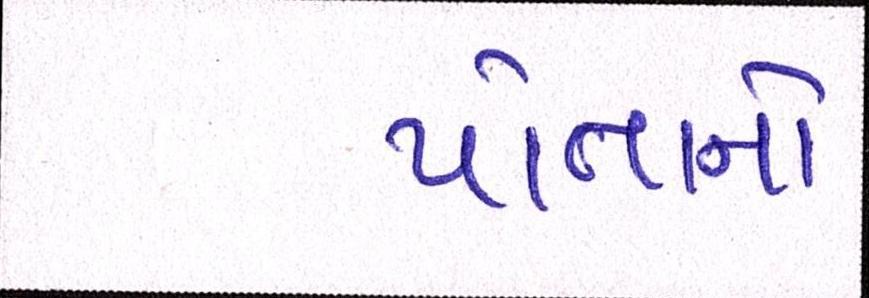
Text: પાતાનો